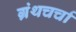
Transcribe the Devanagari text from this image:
ग्रंथचर्चा